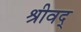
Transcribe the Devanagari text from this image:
श्रीवद्‌